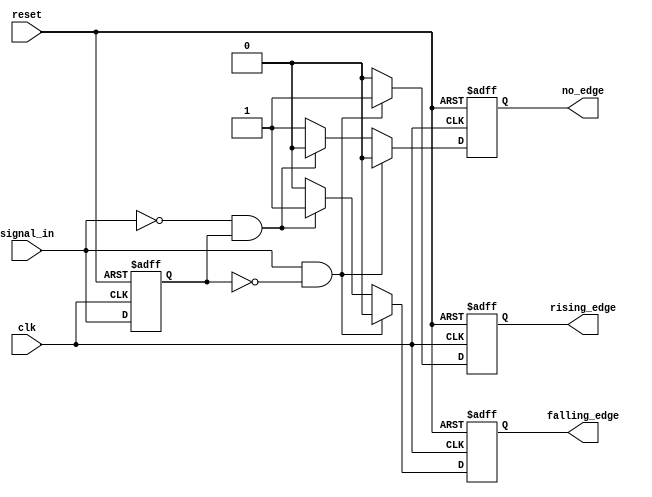
module edge_detector (
    input wire clk,           // Clock signal
    input wire reset,         // Asynchronous reset signal
    input wire signal_in,     // Input signal to monitor
    output reg rising_edge,   // Rising edge output
    output reg falling_edge,  // Falling edge output
    output reg no_edge        // No edge output
);

    reg previous_state;       // Memory block to store the previous state of the input signal

    // Asynchronous reset and edge detection logic
    always @(posedge clk or posedge reset) begin
        if (reset) begin
            previous_state <= 0; // Initialize previous state to 0
            rising_edge <= 0;     // Clear rising edge signal
            falling_edge <= 0;    // Clear falling edge signal
            no_edge <= 1;         // Initially, no edge detected
        end else begin
            // Edge detection logic
            if (signal_in && !previous_state) begin
                rising_edge <= 1;   // Rising edge detected
                falling_edge <= 0;  // Clear falling edge signal
                no_edge <= 0;       // Edge detected
            end else if (!signal_in && previous_state) begin
                falling_edge <= 1;  // Falling edge detected
                rising_edge <= 0;    // Clear rising edge signal
                no_edge <= 0;       // Edge detected
            end else begin
                rising_edge <= 0;    // Clear rising edge signal
                falling_edge <= 0;   // Clear falling edge signal
                no_edge <= 1;        // No edge detected
            end
            
            // Update previous state
            previous_state <= signal_in; // Store current state for next clock cycle
        end
    end

endmodule